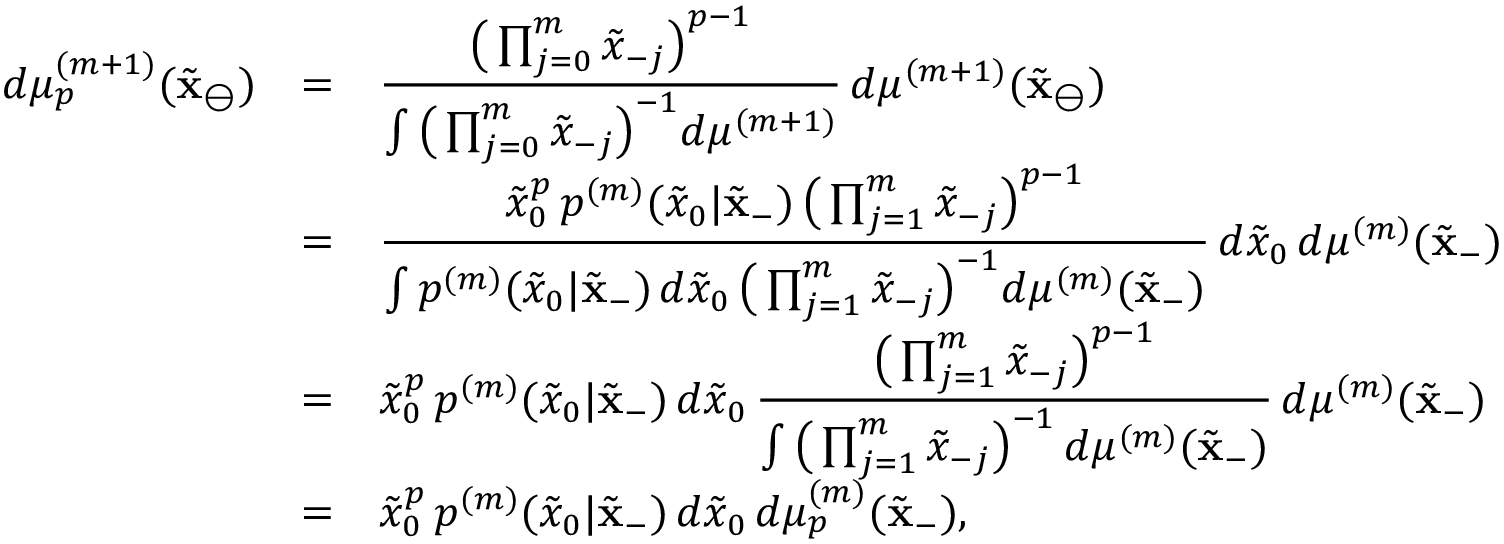
\begin{array} { r c l } { d \mu _ { p } ^ { ( m + 1 ) } ( \tilde { \mathbf { x } } _ { \ominus } ) } & { = } & { \displaystyle \frac { \big ( \prod _ { j = 0 } ^ { m } \tilde { x } _ { - j } \big ) ^ { p - 1 } } { \int \big ( \prod _ { j = 0 } ^ { m } \tilde { x } _ { - j } \big ) ^ { - 1 } d \mu ^ { ( m + 1 ) } } \, d \mu ^ { ( m + 1 ) } ( \tilde { \mathbf { x } } _ { \ominus } ) } \\ & { = } & { \displaystyle \frac { \tilde { x } _ { 0 } ^ { p } \, p ^ { ( m ) } ( \tilde { x } _ { 0 } | \tilde { \mathbf { x } } _ { - } ) \, \big ( \prod _ { j = 1 } ^ { m } \tilde { x } _ { - j } \big ) ^ { p - 1 } } { \int p ^ { ( m ) } ( \tilde { x } _ { 0 } | \tilde { \mathbf { x } } _ { - } ) \, d \tilde { x } _ { 0 } \, \big ( \prod _ { j = 1 } ^ { m } \tilde { x } _ { - j } \big ) ^ { - 1 } d \mu ^ { ( m ) } ( \tilde { \mathbf { x } } _ { - } ) } \, d \tilde { x } _ { 0 } \, d \mu ^ { ( m ) } ( \tilde { \mathbf { x } } _ { - } ) } \\ & { = } & { \displaystyle \tilde { x } _ { 0 } ^ { p } \, p ^ { ( m ) } ( \tilde { x } _ { 0 } | \tilde { \mathbf { x } } _ { - } ) \, d \tilde { x } _ { 0 } \, \frac { \big ( \prod _ { j = 1 } ^ { m } \tilde { x } _ { - j } \big ) ^ { p - 1 } } { \int \big ( \prod _ { j = 1 } ^ { m } \tilde { x } _ { - j } \big ) ^ { - 1 } \, d \mu ^ { ( m ) } ( \tilde { \mathbf { x } } _ { - } ) } \, d \mu ^ { ( m ) } ( \tilde { \mathbf { x } } _ { - } ) } \\ & { = } & { \displaystyle \tilde { x } _ { 0 } ^ { p } \, p ^ { ( m ) } ( \tilde { x } _ { 0 } | \tilde { \mathbf { x } } _ { - } ) \, d \tilde { x } _ { 0 } \, d \mu _ { p } ^ { ( m ) } ( \tilde { \mathbf { x } } _ { - } ) , } \end{array}